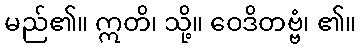
မည်၏။ ဣတိ၊ သို့။ ဝေဒိတဗ္ဗံ၊ ၏။